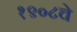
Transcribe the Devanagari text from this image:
१९०८चे